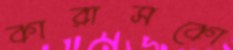
কারাসকো